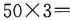
$$5 0\times 3 =$$